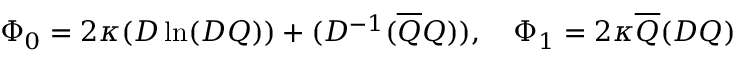
\Phi _ { 0 } = 2 \kappa ( D \ln ( D Q ) ) + ( D ^ { - 1 } ( \overline { { { Q } } } Q ) ) , \quad \Phi _ { 1 } = 2 \kappa \overline { { { Q } } } ( D Q )